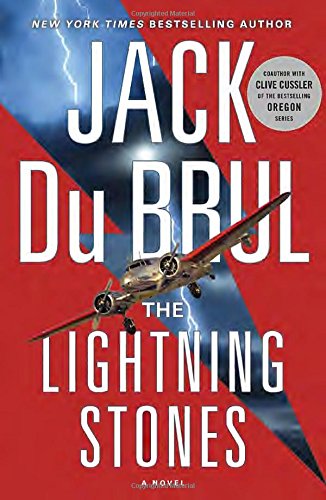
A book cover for The Lightning Stones: A Novel; Jack Du Brul; Science Fiction & Fantasy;